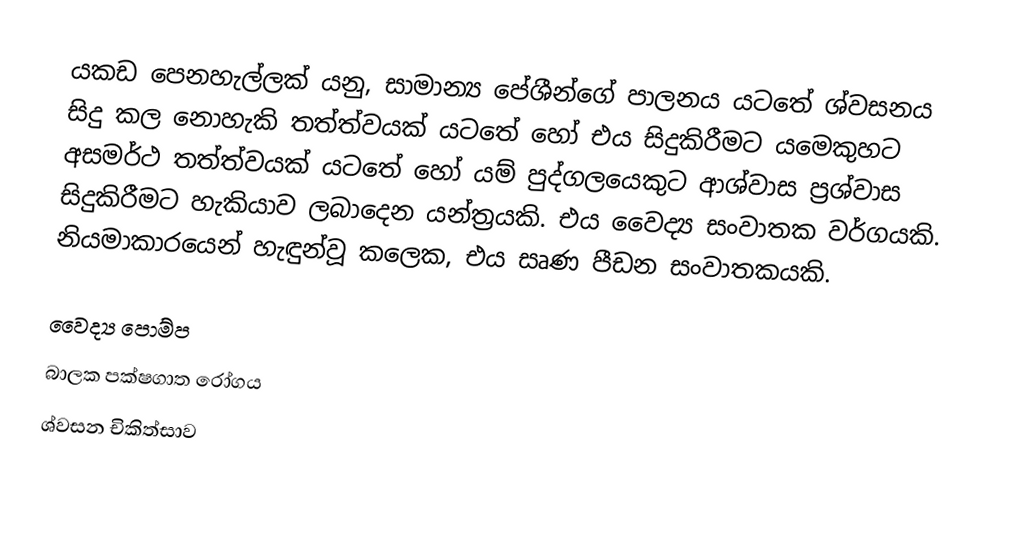
යකඩ පෙනහැල්ලක් යනු, සාමාන්‍ය පේශීන්ගේ පාලනය යටතේ ශ්වසනය සිදු කල නොහැකි තත්ත්වයක් යටතේ හෝ එය සිදුකිරීමට යමෙකුහට අසමර්ථ තත්ත්වයක් යටතේ හෝ යම් පුද්ගලයෙකුට  ආශ්වාස ප්‍රශ්වාස සිදුකිරීමට හැකියාව ලබාදෙන යන්ත්‍රයකි. එය වෛද්‍ය සංවාතක වර්ගයකි. නියමාකාරයෙන් හැඳුන්වූ කලෙක, එය සෘණ පීඩන සංවාතකයකි.

වෛද්‍ය පොම්ප
බාලක පක්ෂගාත රෝගය
ශ්වසන චිකිත්සාව